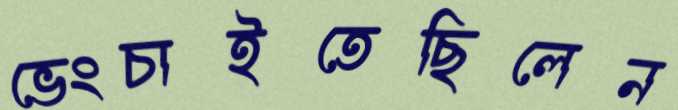
ভেংচাইতেছিলেন